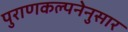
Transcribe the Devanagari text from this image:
पुराणकल्पनेनुसार